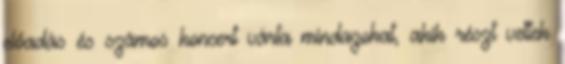
előadás és számos koncert várta mindazokat, akik részt vettek